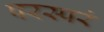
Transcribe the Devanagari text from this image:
परस्परं